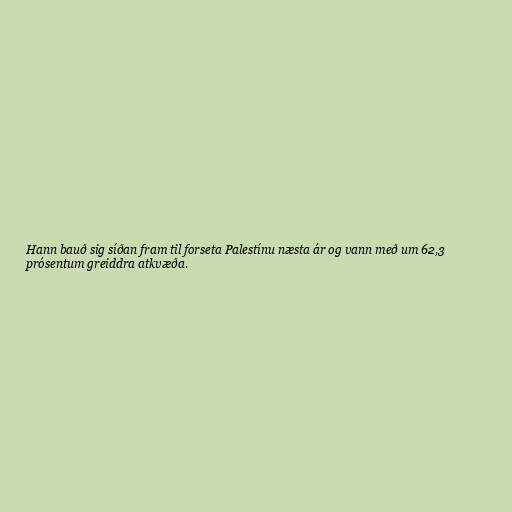
Hann bauð sig síðan fram til forseta Palestínu næsta ár og vann með um 62,3
prósentum greiddra atkvæða.